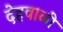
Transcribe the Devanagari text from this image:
देहवाळी